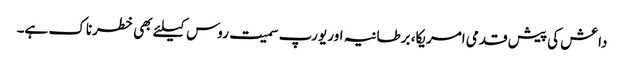
داعش کی پیش قدمی امریکا، برطانیہ اور یورپ سمیت روس کیلئے بھی خطرناک ہے۔